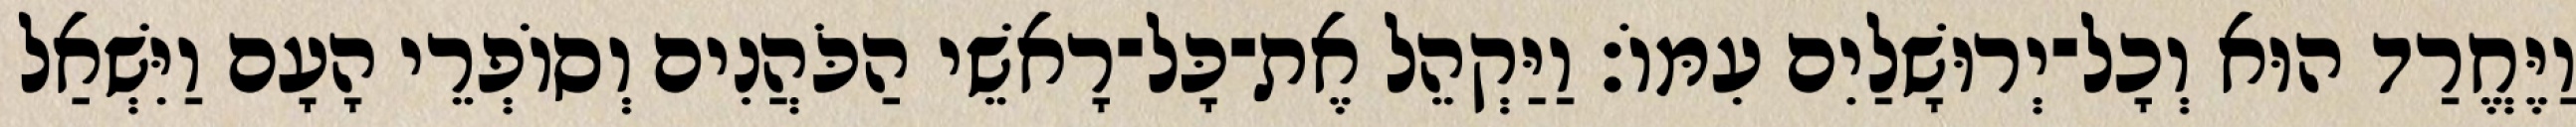
וַיֶּחֱרַד הוּא וְכָל־יְרוּשָׁלַיִם עִמּוֹ׃ וַיַּקְהֵל אֶת־כָּל־רָאשֵׁי הַכֹּהֲנִים וְסוֹפְרֵי הָעָם וַיִּשְׁאַל